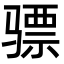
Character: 骠